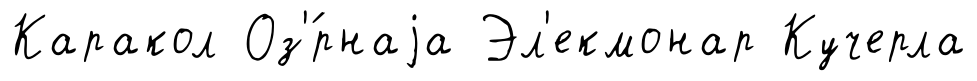
Каракол Оз'́рнаjа Эл'екмонар Кучерла